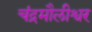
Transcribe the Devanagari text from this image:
चंद्रमौलीश्वर